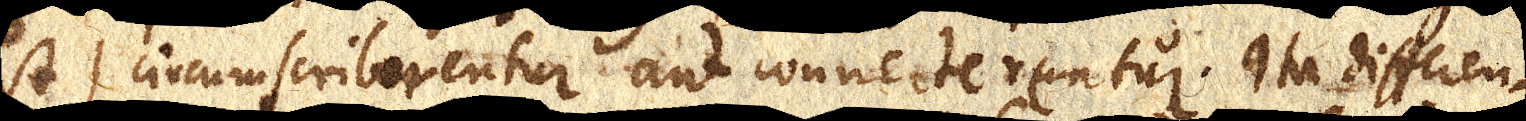
est) circumscriberentur aut connecterentur. Ita differen–